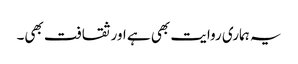
یہ ہماری روایت بھی ہے اور ثقافت بھی۔